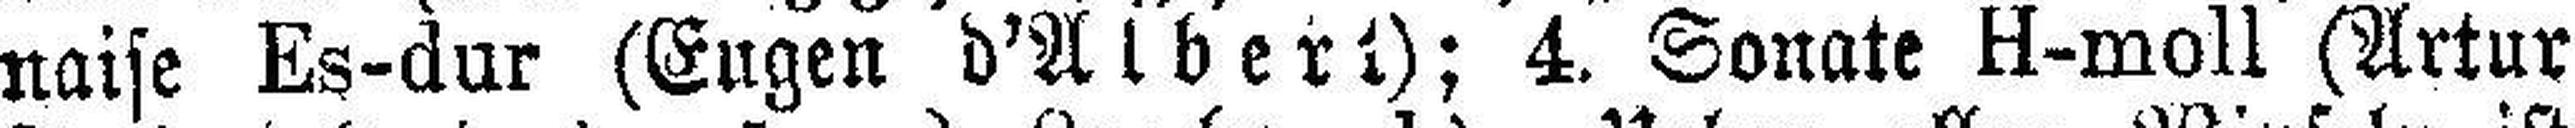
naise Es-dur (Eugen d'Albert); 4. Sonate H-moll (Artur